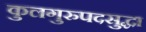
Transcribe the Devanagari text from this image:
कुलगुरुपदसुद्धा